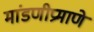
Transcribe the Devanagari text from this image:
मांडणीप्रमाणे